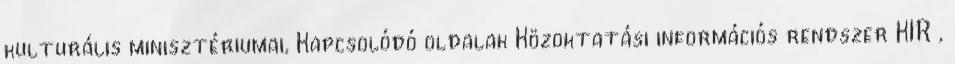
kulturális minisztériumai, Kapcsolódó oldalak Közoktatási információs rendszer KIR ,